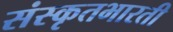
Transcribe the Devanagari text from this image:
संस्कृतभारती